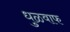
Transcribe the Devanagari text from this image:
धुळवाफ